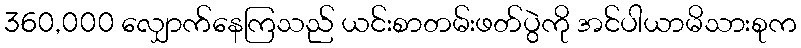
360,000 လျှောက်နေကြသည် ယင်းစာတမ်းဖတ်ပွဲကို အင်ပါယာမိသားစုက